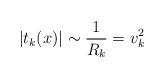
LaTeX: \begin{align*}|t_k(x) | \sim \frac{1}{R_k} = v_k^2 \end{align*}